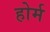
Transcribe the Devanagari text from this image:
होर्म